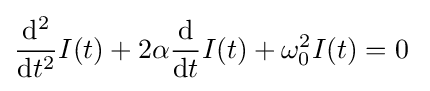
{\frac {\mathrm {d} ^{2}}{\mathrm {d} t^{2}}}I(t)+2\alpha {\frac {\mathrm {d} }{\mathrm {d} t}}I(t)+\omega _{0}^{2}I(t)=0\;